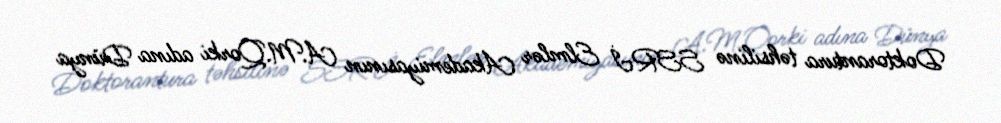
Doktorantura təhsilinə SSRİ Elmlər Akademiyasının A.M.Qorki adına Dünya